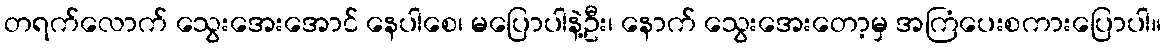
တရက်လောက် သွေးအေးအောင် နေပါစေ၊ မပြောပါနဲ့ဦး၊ နောက် သွေးအေးတော့မှ အကြံပေးစကားပြောပါ။